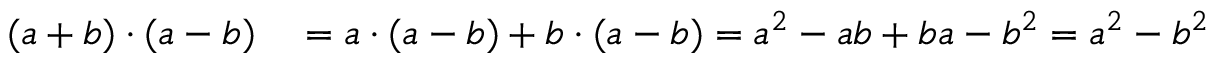
\begin{array} { r l } { ( a + b ) \cdot ( a - b ) } & { { } = a \cdot ( a - b ) + b \cdot ( a - b ) = a ^ { 2 } - a b + b a - b ^ { 2 } = a ^ { 2 } - b ^ { 2 } } \end{array}